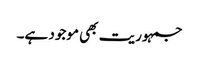
جمہوریت بھی موجود ہے۔